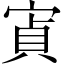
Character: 寊